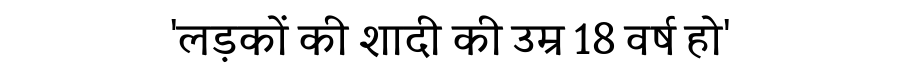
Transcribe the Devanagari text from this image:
'लड़कों की शादी की उम्र 18 वर्ष हो'